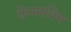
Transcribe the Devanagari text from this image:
तेन्माविन